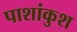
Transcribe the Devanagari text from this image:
पाशांकुश